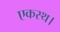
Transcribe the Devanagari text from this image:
एकस्थ।